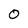
Character: 0